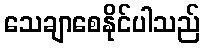
သေချာစေနိုင်ပါသည်